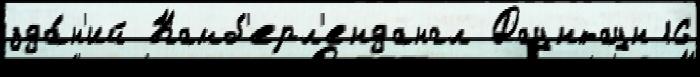
зда́н'ий Камб'ерл'ендангл Даунтаун 16